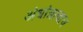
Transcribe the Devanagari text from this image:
अंधांत्राचाच